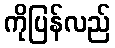
ကိုပြန်လည်